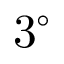
3 ^ { \circ }